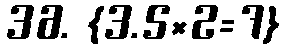
36. {3.5×2=7}